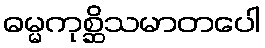
ဓမ္မကုစ္ဆိသမာတပေါ